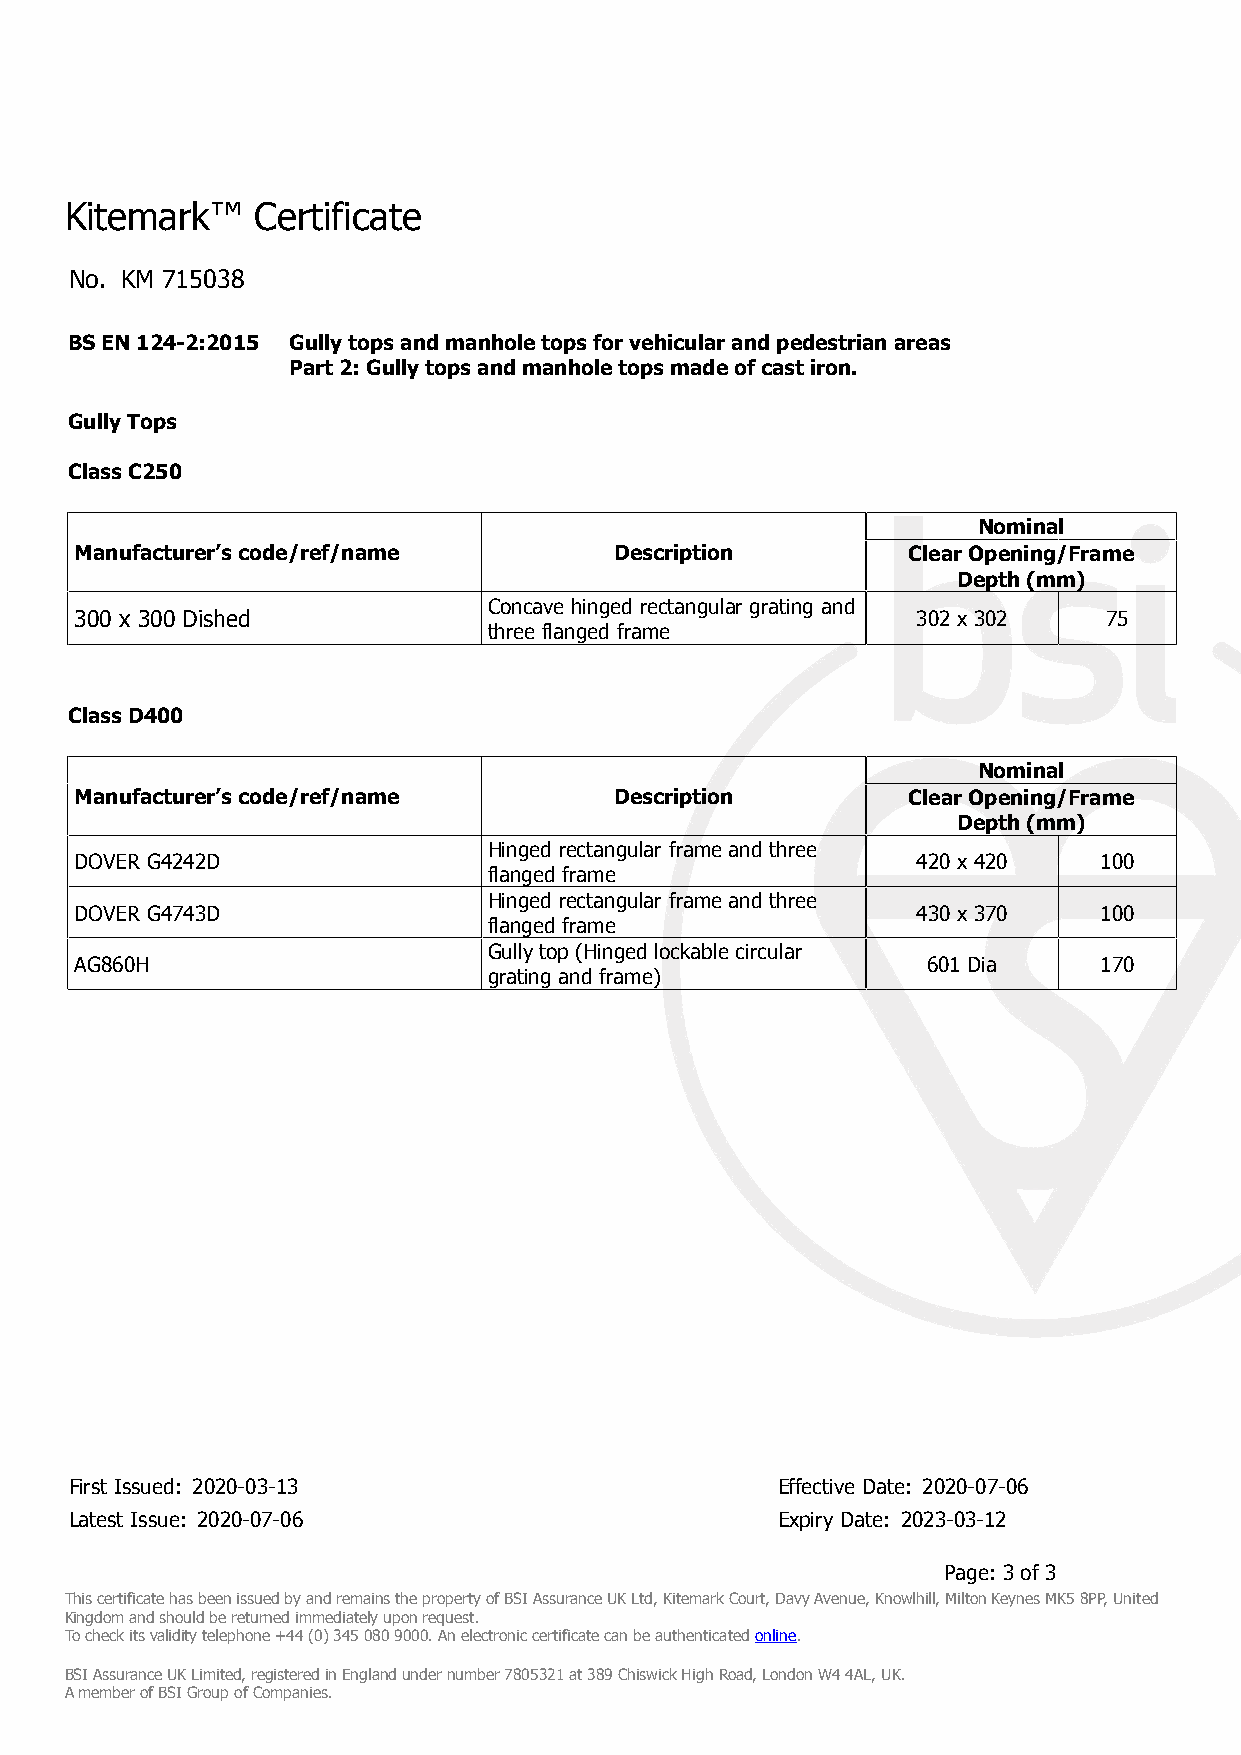
Kitemark™    Certificate
 No. KM 715038
 BS EN 124-2:2015 Gully tops and manhole tops for vehicular and pedestrian areas
 Part 2: Gully tops and manhole tops made of cast iron.
 Gully Tops
 Class C250
 Nominal
 Manufacturer’s code/ref/name        Description        Clear Opening/Frame
 Depth (mm)
 Concave hinged rectangular grating and
 300 x 300 Dished                                        302 x 302   75
 three flanged frame
 Class D400
 Nominal
 Manufacturer’s code/ref/name        Description        Clear Opening/Frame
 Depth (mm)
 Hinged rectangular frame and three
 DOVER G4242D                                            420 x 420   100
 flanged frame
 Hinged rectangular frame and three
 DOVER G4743D                                            430 x 370   100
 flanged frame
 Gully top (Hinged lockable circular
 AG860H                                                  601 Dia     170
 grating and frame)
 First Issued: 2020-03-13                      Effective Date: 2020-07-06
 Latest Issue: 2020-07-06                      Expiry Date: 2023-03-12
 Page: 3 of 3
 This certificate has been issued by and remains the property of BSI Assurance UK Ltd, Kitemark Court, Davy Avenue, Knowlhill, Milton Keynes MK5 8PP, United
 Kingdom and should be returned immediately upon request.
 To check its validity telephone +44 (0) 345 080 9000. An electronic certificate can be authenticated online.
 BSI Assurance UK Limited, registered in England under number 7805321 at 389 Chiswick High Road, London W4 4AL, UK.
 A member of BSI Group of Companies.